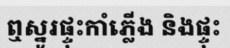
ឮស្នូរផ្ទុះកាំភ្លើង និងផ្ទុះ